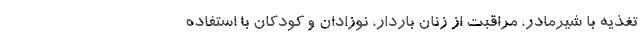
تغذیه با شیرمادر، مراقبت از زنان باردار، نوزادان و کودکان با استفاده